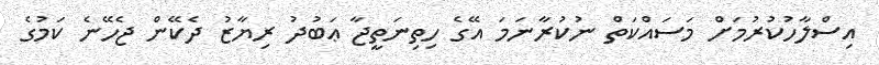
އިސްލާހުކުރުމަށް މަސައްކަތް ނުކުރާނަމަ އޭގެ ހިތިނަތީޖާ ޢަބުދު ރިޔާޒު ދެކޭން ޖެހޭނެ ކަމުގެ